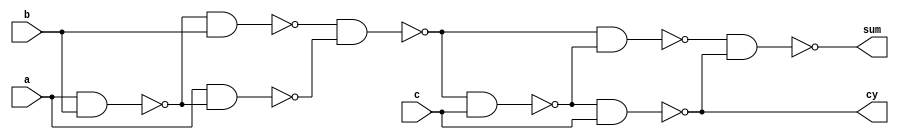
`timescale 1ns / 1ps
//////////////////////////////////////////////////////////////////////////////////
// Company: 
// Engineer: 
// 
// Design Name: 
// Module Name: fa_nand
// Project Name: 
// Target Devices: 
// Tool Versions: 
// Description: 
// 
// Dependencies: 
// 
// Revision:
// Revision 0.01 - File Created
// Additional Comments:
// 
//////////////////////////////////////////////////////////////////////////////////


module fa_nand(input a,b,c, output sum,cy );
wire w1,w2,w3,w4,w5,w6,w7;
nand n1(w1,a,b);
nand n2(w2,a,w1);
nand n3(w3,w1,b);
nand n4(w4,w3,w2);
nand n5(w5,w4,c);
nand n6(w6,w4,w5);
nand n7(w7,w5,c);
nand n8(sum,w6,w7);
nand n9(cy,w5,c);
endmodule